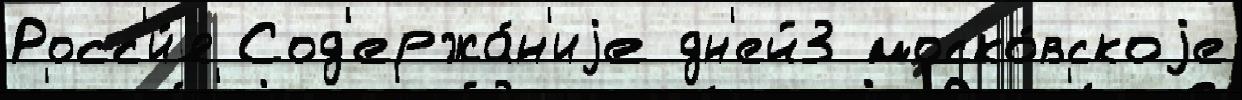
Росс'и́я Сод'ержа́н'иjе дн'ей3 моско́вскоjе